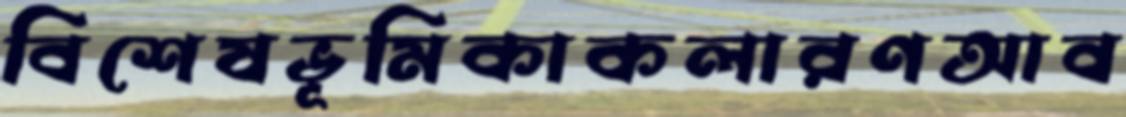
বিশেষভূমিকাকলারণআব